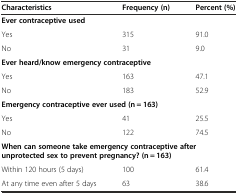
| Characteristics | Frequency (n) | Percent (%) |
 | --- | --- | --- |
 | <COLSPAN=3> Ever contraceptive used |
 | Yes | 315 | 91.0 |
 | No | 31 | 9.0 |
 | <COLSPAN=3> Ever heard/know emergency contraceptive |
 | Yes | 163 | 47.1 |
 | No | 183 | 52.9 |
 | <COLSPAN=3> Emergency contraceptive ever used (n = 163) |
 | Yes | 41 | 25.5 |
 | No | 122 | 74.5 |
 | <COLSPAN=3> When can someone take emergency contraceptive after unprotected sex to prevent pregnancy? (n = 163) |
 | Within 120 hours (5 days) | 100 | 61.4 |
 | At any time even after 5 days | 63 | 38.6 |